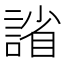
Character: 𫍂